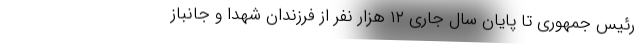
رئیس جمهوری تا پایان سال جاری ۱۲ هزار نفر از فرزندان شهدا و جانباز